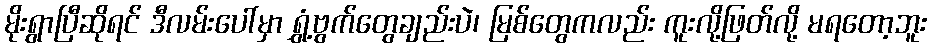
မိုးရွာပြီဆိုရင် ဒီလမ်းပေါ်မှာ ရွှံ့ဗွက်တွေချည်းပဲ၊ မြစ်တွေကလည်း ကူးလို့ဖြတ်လို့ မရတော့ဘူး